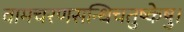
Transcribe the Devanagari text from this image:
वामचरणसन्धिचतुष्केषु।